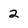
Character: 2